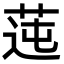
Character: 𦰭